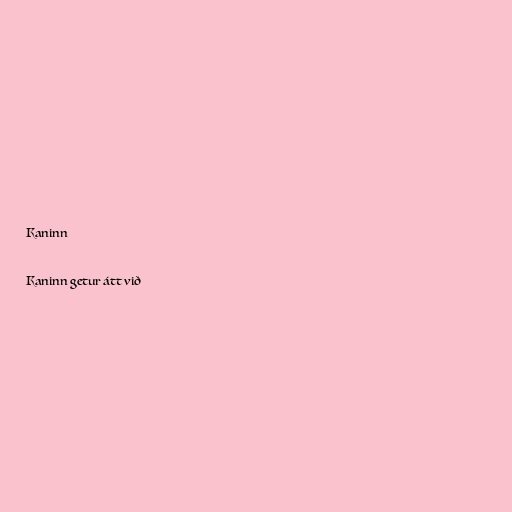
Kaninn

Kaninn getur átt við